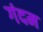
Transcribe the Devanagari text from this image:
गंदम